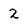
Character: 2